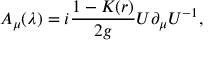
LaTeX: A _ { \mu } ( \lambda ) = i \frac { 1 - K ( r ) } { 2 g } U \partial _ { \mu } U ^ { - 1 } , \;